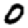
Digit: 0